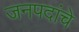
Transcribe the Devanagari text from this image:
जनपदांचे